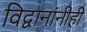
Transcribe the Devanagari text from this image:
विद्वानांनीही